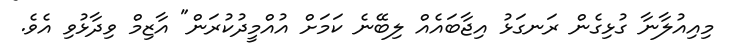
މިއިއުލާނާ ގުޅިގެން ރަނގަޅު އިޖާބައެއް ލިބޭނެ ކަމަށް އުއްމީދުކުރަން" އާޒިމް ވިދާޅުވި އެވެ.